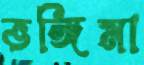
ভঙ্গিমা